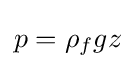
p=\rho _{f}gz